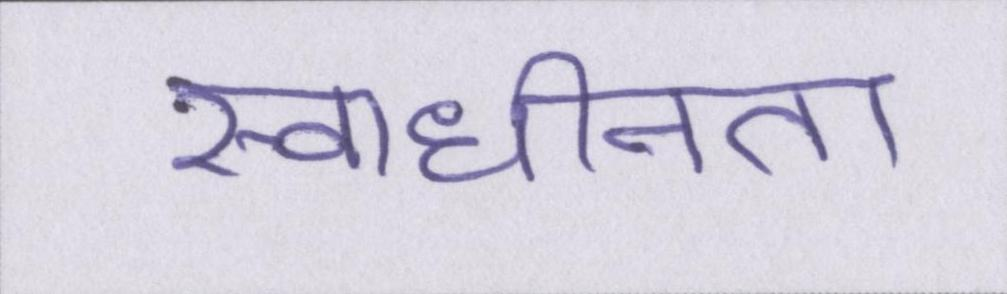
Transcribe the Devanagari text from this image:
स्वाधीनता